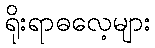
ရိုးရာဓလေ့များ